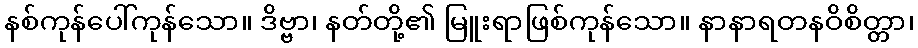
နစ်ကုန်ပေါ်ကုန်သော။ ဒိဗ္ဗာ၊ နတ်တို့၏ မြူးရာဖြစ်ကုန်သော။ နာနာရတနဝိစိတ္တာ၊